Report on vaccination in the Province of Bengal - 1869-1873
Year: 1869
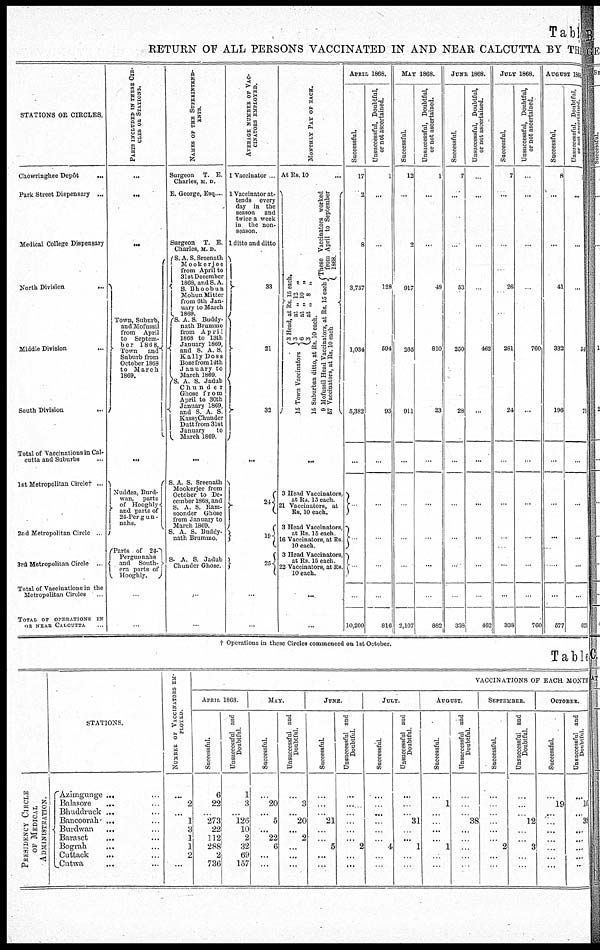
Table
RETURN OF ALL PERSONS VACCINATED IN AND NEAR CALCUTTA BY THE
STATIONS OF CIRCLES.
Chowringhee Depôt
...
Park Street Dispensary ...
Medical College Dispensary
North Division
...
Middle Division
...
South Division
...
Total of Vaccinations in Cal-
cutta and Suburbs ...
1st Metropolitan Circle† ...
2nd Metropolitan Circle ...
3rd Metropolitan Circle ...
Total of Vaccinations in the
Metropolitan Circles...
TOTAL OF OPERATIONS IN
OR NEAR CALCUTTA.
PARTS INCLUDED IN THESE CIR¬
CLES OR STATIONS.
...
...
...
Town, Suburb,
and Mofussil
from April
to Septem-
ber 1868,
Town and
Suburb from
October 1868
to March
1869.
...
Nuddea, Burd-
wan, parts
of Hooghly
and parts of
24-Pergun-
nahs.
Parts of 24-
Pergunnahs
and South-
ern parts of
Hooghly.
...
...
NAMES OF THE SUPERINTEND-
ENTS.
Surgeon T. E.
Charles, M. D.
E. George, Esq....
Surgeon T. E
Charles, M. D.
S.A.S.Sreenath
Mookerjee
from April to
31st December
1868, and S. A.
S. Bhoobun
Mohun Mitter
from 6th Jan-
uary to March
1869.
S. A. S. Buddy-
nath Brummo
from April
1868 to 13th
January 1869,
and S. A. S.
Kally Doss
Bose from 14th
January to
March 1869.
S. A S. Jadub
Chunder
Ghose from
April to 30th
January 1869,
and S. A. S.
Kassy Chunder
Dutt from 31st
January to
March 1869.
...
S. A S. Sreenath
Mookerjee from
October to De-
cember 1868, and
S. A. S. Ram-
soonder Ghose
from January to
March 1869.
S. A. S. Buddy-
nath Brummo.
S. A. S. Jadub
Chunder Ghose.
...
...
AVERAGE NUMBER OF VAC¬
CINATORS EMPLOYED.
1 Vaccinator ...
1 Vaccinator at-
tends every
day in the
season and
twice a week
in the non-
season.
1 ditto and ditto
33
21
32
...
24
19
25
...
..
MONTHLY PAY OF EACH.
At
3 Head, at Rs 15 each.
Rs.
3 at „ 12 „
6 at „ 10 ..
10
3 at „ 8 „
15 Town Vaccinators
15 Suburban ditto, at Rs 10 each.
...
These Vaccinators worked
from April to September
1868.
9 Mofussil Head Vaccinators, at Rs. 15 each
57 Vaccinators, at Rs. 10 each
...
3 Head Vaccinators,
at Rs. 15 each.
21 Vaccinators, at
Rs. 10 each.
3 Head Vaccinators,
at Rs. 15 each
16 Vaccinators, at Rs.
10 each.
3 Head Vaccinators,
at Rs. 15 each
22 Vaccinators, at Rs.
10 each.
...
...
APRIL 1868.
Successful.
17
2
8
3,757
1,034
5,382
...
...
...
...
...
10,200
Unsuccessful, Doubtful,
or not ascertained.
1
...
..
128
594
93
...
...
...
...
...
816
MAY 1868.
Successful.
12
...
2
917
265
911
...
..
...
...
...
2,107
Unsuccessful, Doubtful,
or not ascertained.
1
...
...
48
810
23
...
...
...
...
...
882
JUNE 1868.
Successful.
7
...
...
53
250
28
...
...
...
...
...
338
Unsuccessful, Doubtful,
or not ascertained.
..
...
...
..
462
...
...
...
...
...
...
462
JULY 1868.
Successful.
7
...
...
26
281
24
...
...
...
...
...
338
Unsuccessful, Doubtful,
or not ascertained.
..
...
...
..
760
...
...
...
...
...
...
760
AUGUST 1869
Successful.
8
...
...
41
332
196
...
...
...
...
...
577
Unsuccessful, Doubtful,
or not ascertained.
...
...
...
54
71
...
...
...
...
...
621
† Operations in these Circles commenced on 1st October.
Table
PRESIDENCY CIRCLE
OF MEDICAL
ADMINISTRATION.
STATIONS.
Azimgunge ... ...
Balasore... ...
Bhuddruck... ...
Bancoorah... ...
Burdwan... ...
Baraset... ...
Bograh ... ...
Cuttack... ...
Cutwa...
...
NUMBER OF VACCINATORS EM-
------.
...
2
...
1
3
1
1
2
...
VACCINATIONS OF EACH MONTH
APRIL 1868
Successful.
6
22
...
273
22
112
288
2
736
Unsuccessful and
Doubtful.
1
3
...
126
10
2
32
69
157
MAY.
Successful.
...
20
...
5
...
22
6
...
...
Unsuccessful and
Doubtful.
...
3
..
20
...
2
...
...
...
JUNE.
Successful.
...
...
...
21
...
..
5
...
...
Unsuccessful and
Doubtful.
...
...
..
...
...
...
2
...
...
JULY.
Successful.
...
...
...
..
...
..
4
..
...
Unsuccessful and
Doubtful.
...
...
...
31
...
...
1
...
...
AUGUST.
Successful.
...
1
...
...
...
...
1
...
...
Unsuccessful and
Doubtful.
...
..
...
38
...
...
...
...
...
SEPTEMBER.
Successful.
...
..
...
...
...
...
2
...
...
Unsuccessful and
Doubtful.
...
..
...
12
...
...
3
...
...
OCTOBER.
Successful.
...
19
...
...
...
...
...
...
...
Unsuccessful and
Doubtful.
...
10
...
38
...
...
...
...
...